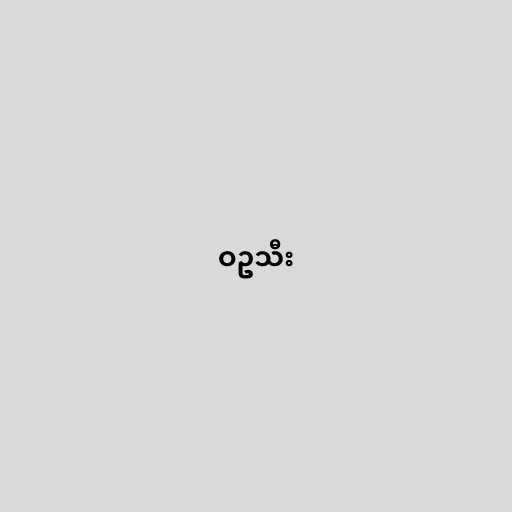
ဝဥသီး